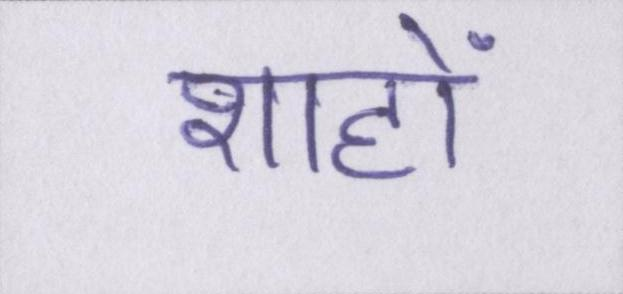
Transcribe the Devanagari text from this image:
शाहों